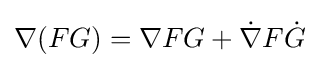
\nabla (FG)=\nabla FG+{\dot {\nabla }}F{\dot {G}}